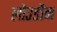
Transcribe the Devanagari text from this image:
लोउडौन